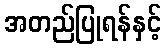
အတည်ပြုရန်နှင့်